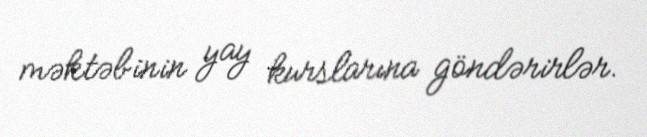
məktəbinin yay kurslarına göndərirlər.